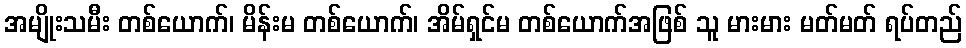
အမျိုးသမီး တစ်ယောက်၊ မိန်းမ တစ်ယောက်၊ အိမ်ရှင်မ တစ်ယောက်အဖြစ် သူ မားမား မတ်မတ် ရပ်တည်